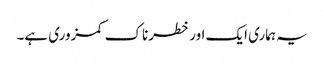
یہ ہماری ایک اور خطرناک کمزوری ہے۔